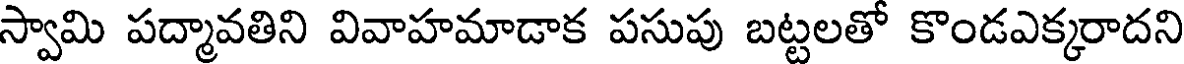
స్వామి పద్మావతిని వివాహమాడాక పసుపు బట్టలతో కొండఎక్కరాదని